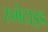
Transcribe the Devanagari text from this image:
रुमेटाइड